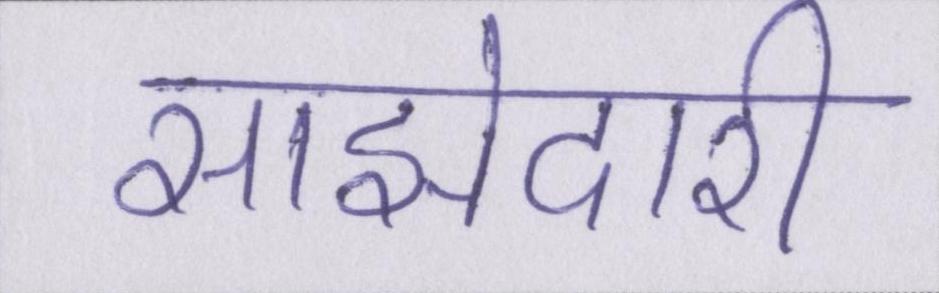
साझेदारी